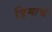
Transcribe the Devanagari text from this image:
डिमार्च